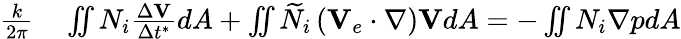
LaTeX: \begin{array}{rl}{\frac{k}{2\pi}}&{{}\iint N_{i}\frac{\Delta\textbf{V}}{\Delta t^{*}}dA+\iint\widetilde{N}_{i}\left(\textbf{V}_{e}\cdot\nabla\right)\textbf{V}dA=-\iint N_{i}\nabla pdA}\end{array}